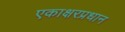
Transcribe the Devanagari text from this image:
एकाक्षरप्रधान